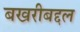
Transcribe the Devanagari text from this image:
बखरीबद्दल